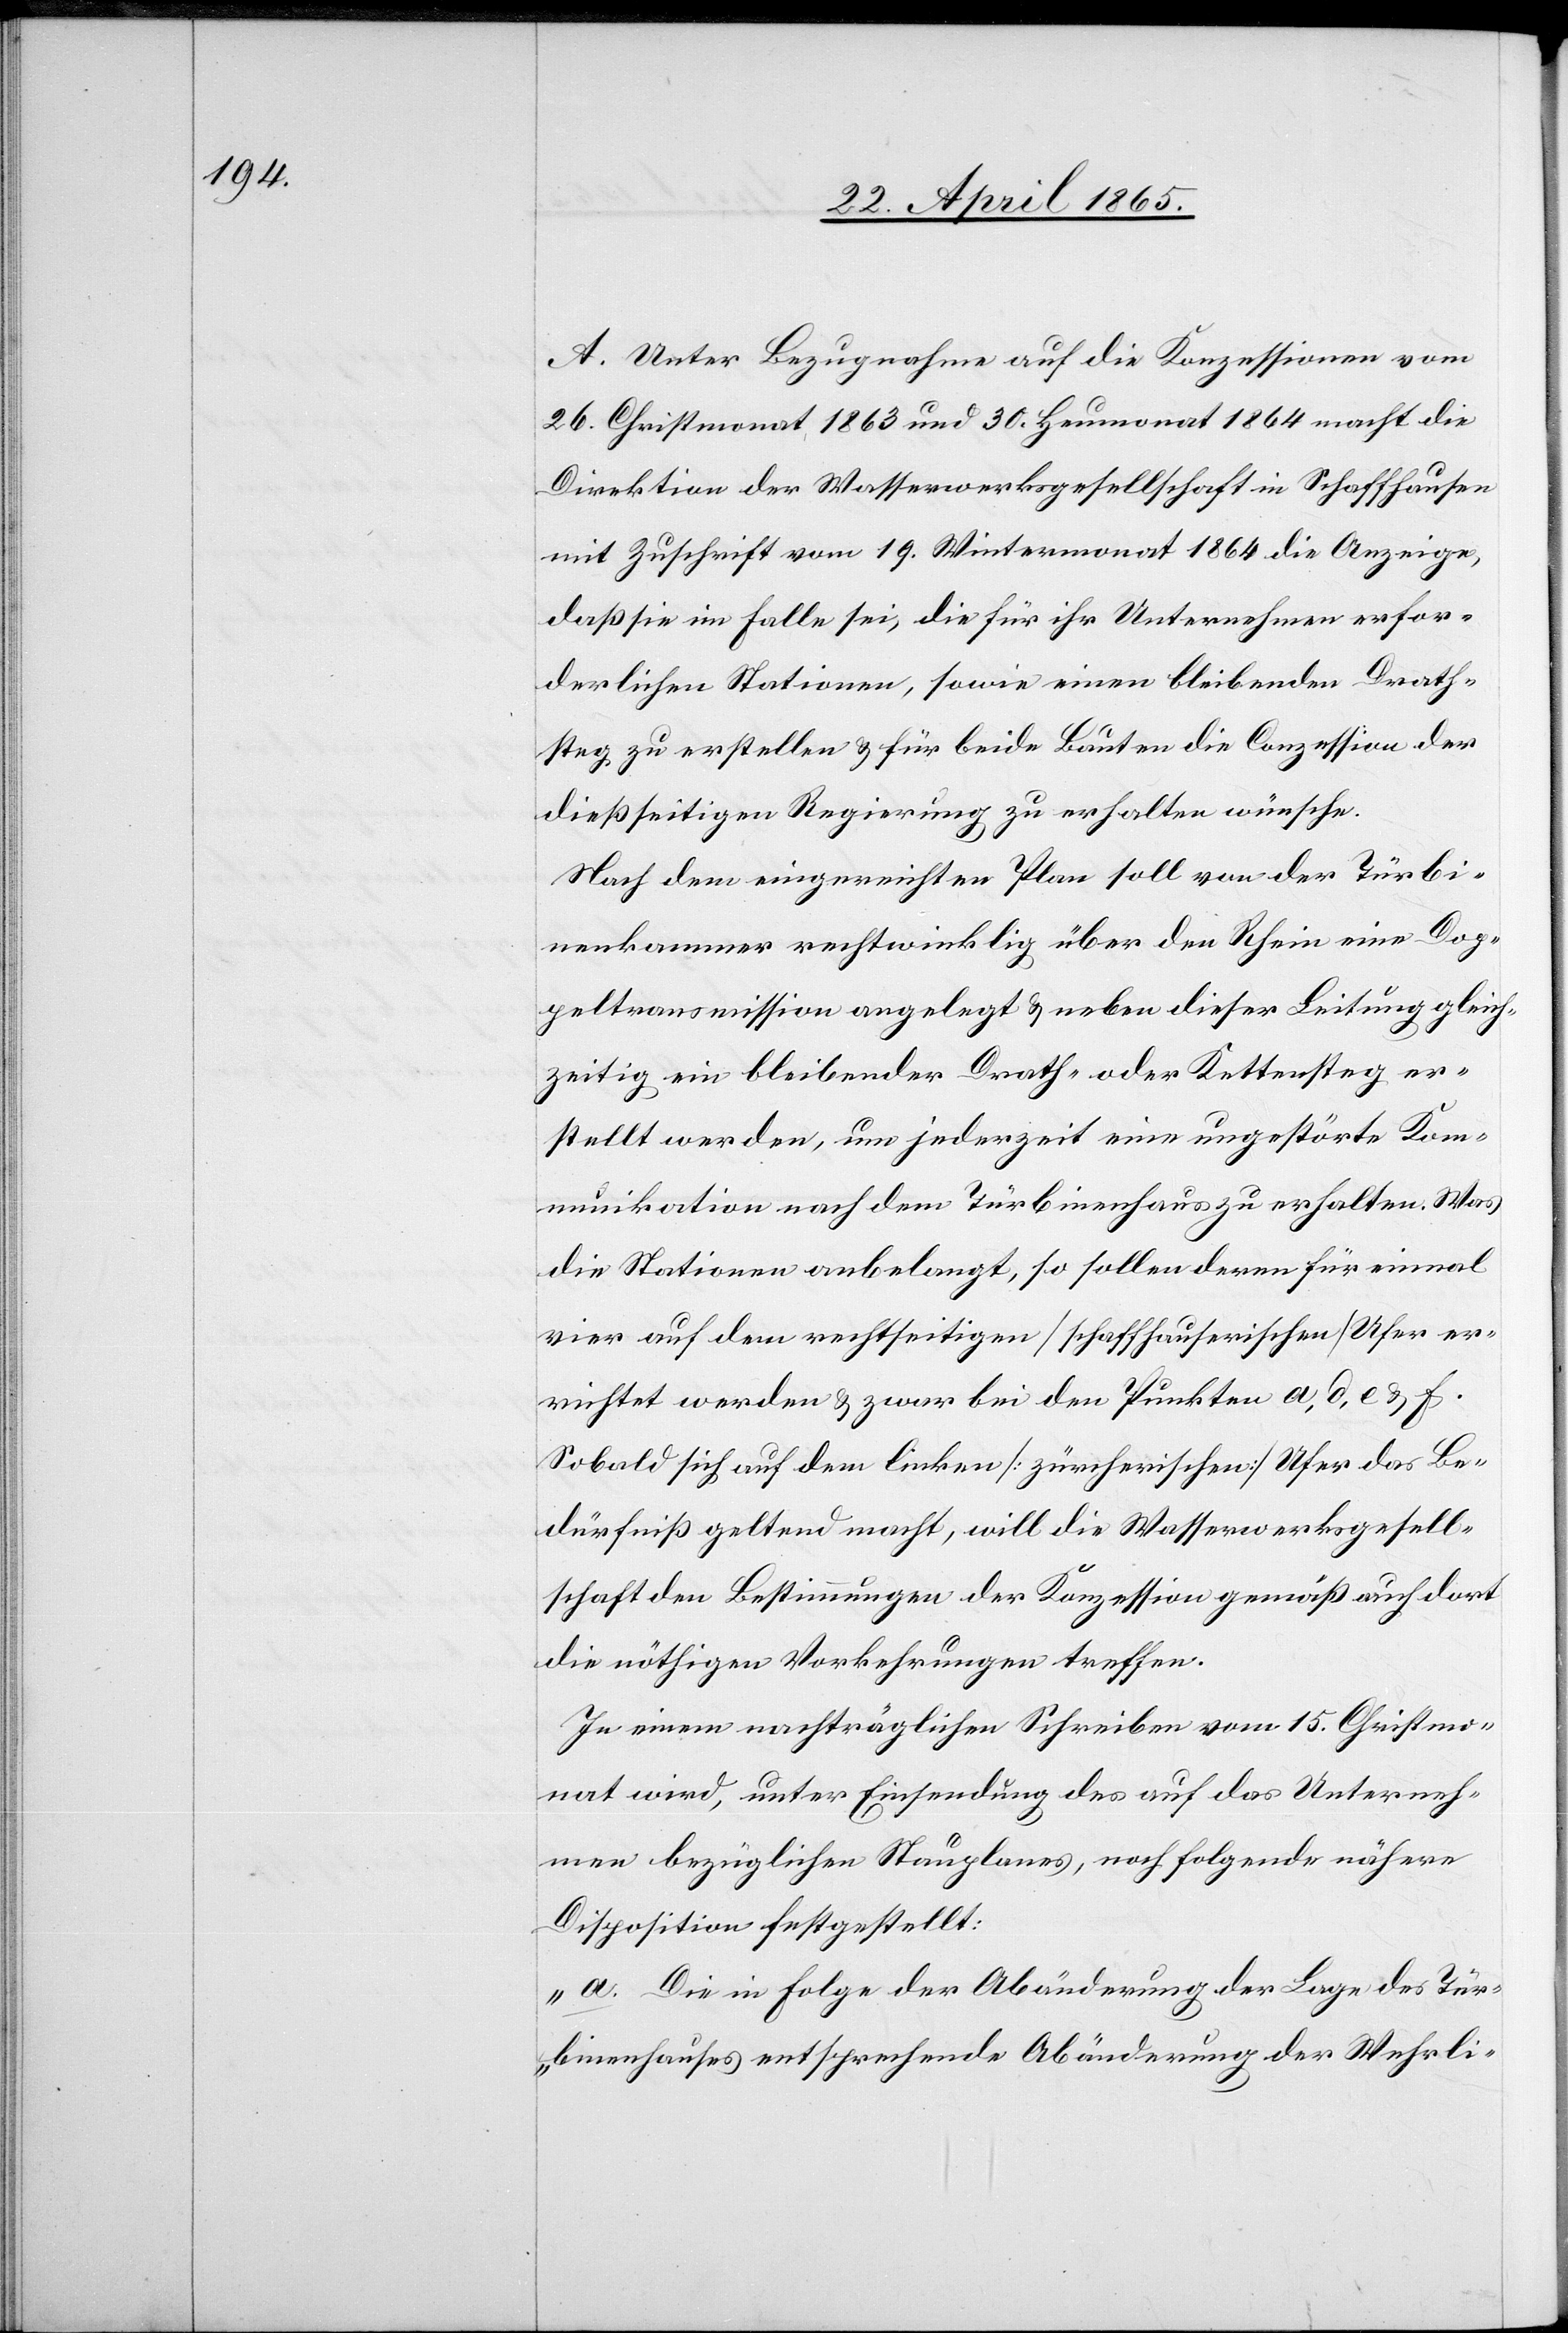
A. Unter Bezugnahme auf die Konzessionen vom
26. Christmonat 1863 und 30. Heumonat 1864 macht die
Direktion der Wasserwerksgesellschaft in Schaffhausen
mit Zuschrift vom 19. Wintermonat 1864 die Anzeige,
daß sie im Falle sei, die für ihr Unternehmen erfor¬
derlichen Stationen, sowie einen bleibenden Drath¬
steg zu erstellen & für beide Bauten die Conzession der
dießseitigen Regierung zu erhalten wünsche.
Nach dem eingereichten Plan soll von der Türbi¬
nenkammer rechtwinklig über den Rhein eine Dop¬
peltransmission angelegt & neben dieser Leitung gleich¬
zeitig ein bleibender Drath- oder Kettensteg er¬
stellt werden, um jederzeit eine ungestörte Kom¬
munikation nach dem Türbinenhaus zu erhalten. Was
die Stationen anbelangt, so sollen deren für einmal
vier auf dem rechtseitigen [schaffhauserischen] Ufer er¬
richtet werden & zwar bei den Punkten a, d, e & f.
Sobald sich auf dem linken [zürcherischen] Ufer das Be¬
dürfniß geltend macht, will die Wasserwerksgesell¬
schaft den Bestimmungen der Konzession gemäß auch dort
die nöthigen Vorkehrungen treffen.
In einem nachträglichen Schreiben vom 15. Christmo¬
nat wird, unter Einsendung des auf das Unterneh¬
men bezüglichen Stauplanes, nachfolgende nähere
Disposition festgestellt:
„a. Die in Folge der Abänderung der Lage des Tür¬
binenhauses entsprechende Abänderung der Wehrli-